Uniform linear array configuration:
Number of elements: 12
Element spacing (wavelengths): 1
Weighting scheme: kaiser
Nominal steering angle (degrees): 15
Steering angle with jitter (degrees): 14.202
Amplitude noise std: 0.05
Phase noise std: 0.05

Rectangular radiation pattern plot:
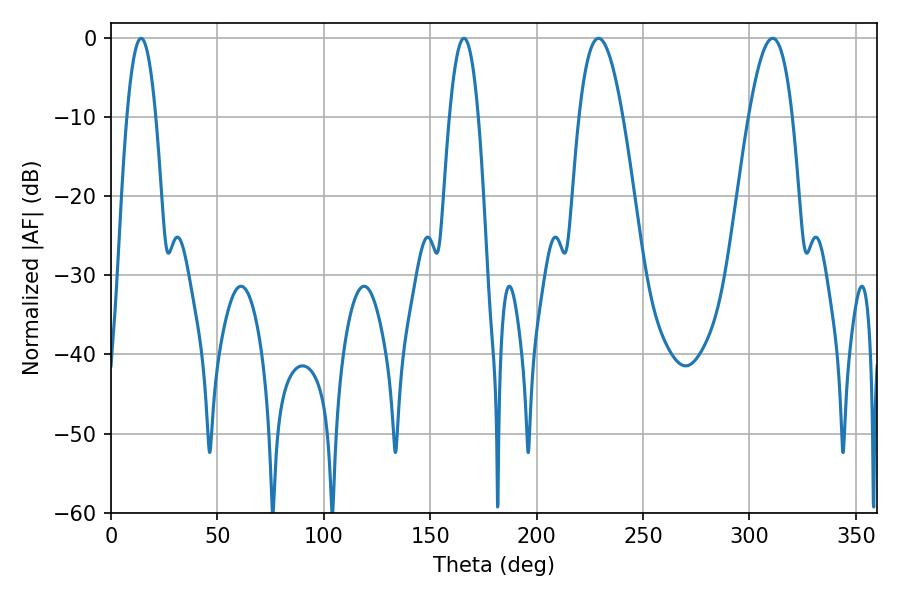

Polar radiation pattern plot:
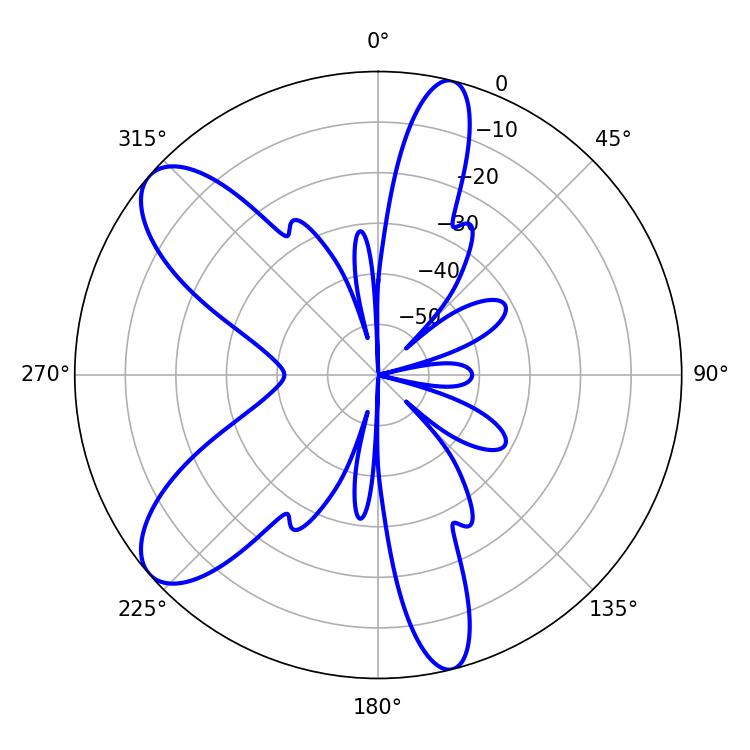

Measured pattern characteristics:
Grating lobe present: TRUE
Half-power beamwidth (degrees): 11.34
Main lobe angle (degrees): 229.14